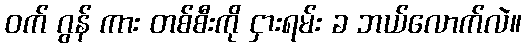
ဝက် ဂွန် ကား တစ်စီးကို ငှားရမ်း ခ ဘယ်လောက်လဲ။